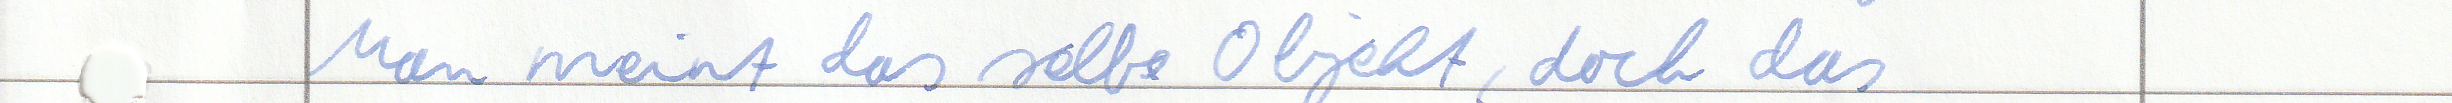
Man meint das selbe Objekt, doch das